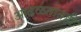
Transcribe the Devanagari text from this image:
आढळतातही